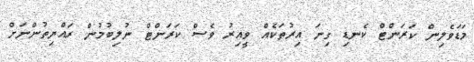
މަޑަވެލިން ކަރަންޓް ކެނޑި ގިނަ އިރުތަކެއް ވީއިރު ވެސް ކަރަންޓް ނުލިބުމުން ރައްޔިތުންނަށް